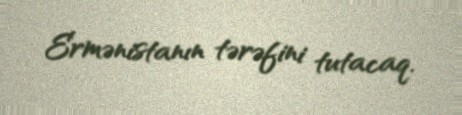
Ermənistanın tərəfini tutacaq.